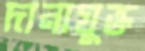
দানাযুক্ত